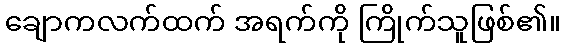
ချောကလက်ထက် အရက်ကို ကြိုက်သူဖြစ်၏။